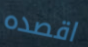
اقصده